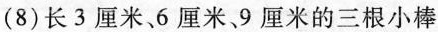
( 8 )长3厘米、6厘米、9厘米的三根小棒